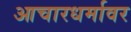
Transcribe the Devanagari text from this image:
आचारधर्मावर